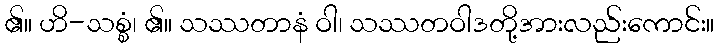
၏။ ဟိ-သစ္စံ၊ ၏။ သဿတာနံ ဝါ၊ သဿတဝါဒတို့အားလည်းကောင်း။